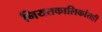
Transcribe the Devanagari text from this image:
नियतकालिकांतही